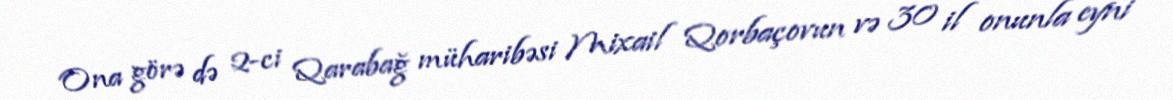
Ona görə də 2-ci Qarabağ müharibəsi Mixail Qorbaçovun və 30 il onunla eyni